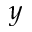
y